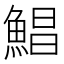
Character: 鯧